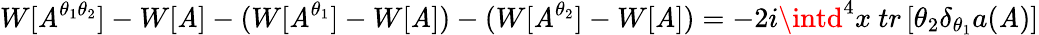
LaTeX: W[\mathit{A}^{\theta_{1}\theta_{2}}]-W[\mathit{A}]-(W[\mathit{A}^{\theta_{1}}]-W[\mathit{A}])-(W[\mathit{A}^{\theta_{2}}]-W[\mathit{A}])=-2i\intd^{4}x\ tr\left[\theta_{2}\delta_{\theta_{1}}a(\mathit{A})\right]